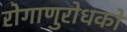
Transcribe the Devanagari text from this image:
रोगाणुरोधकों